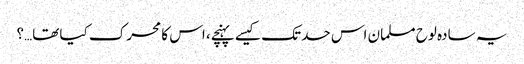
یہ سادہ لوح مسلمان اس حد تک کیسے پہنچے، اس کا محرک کیا تھا…؟